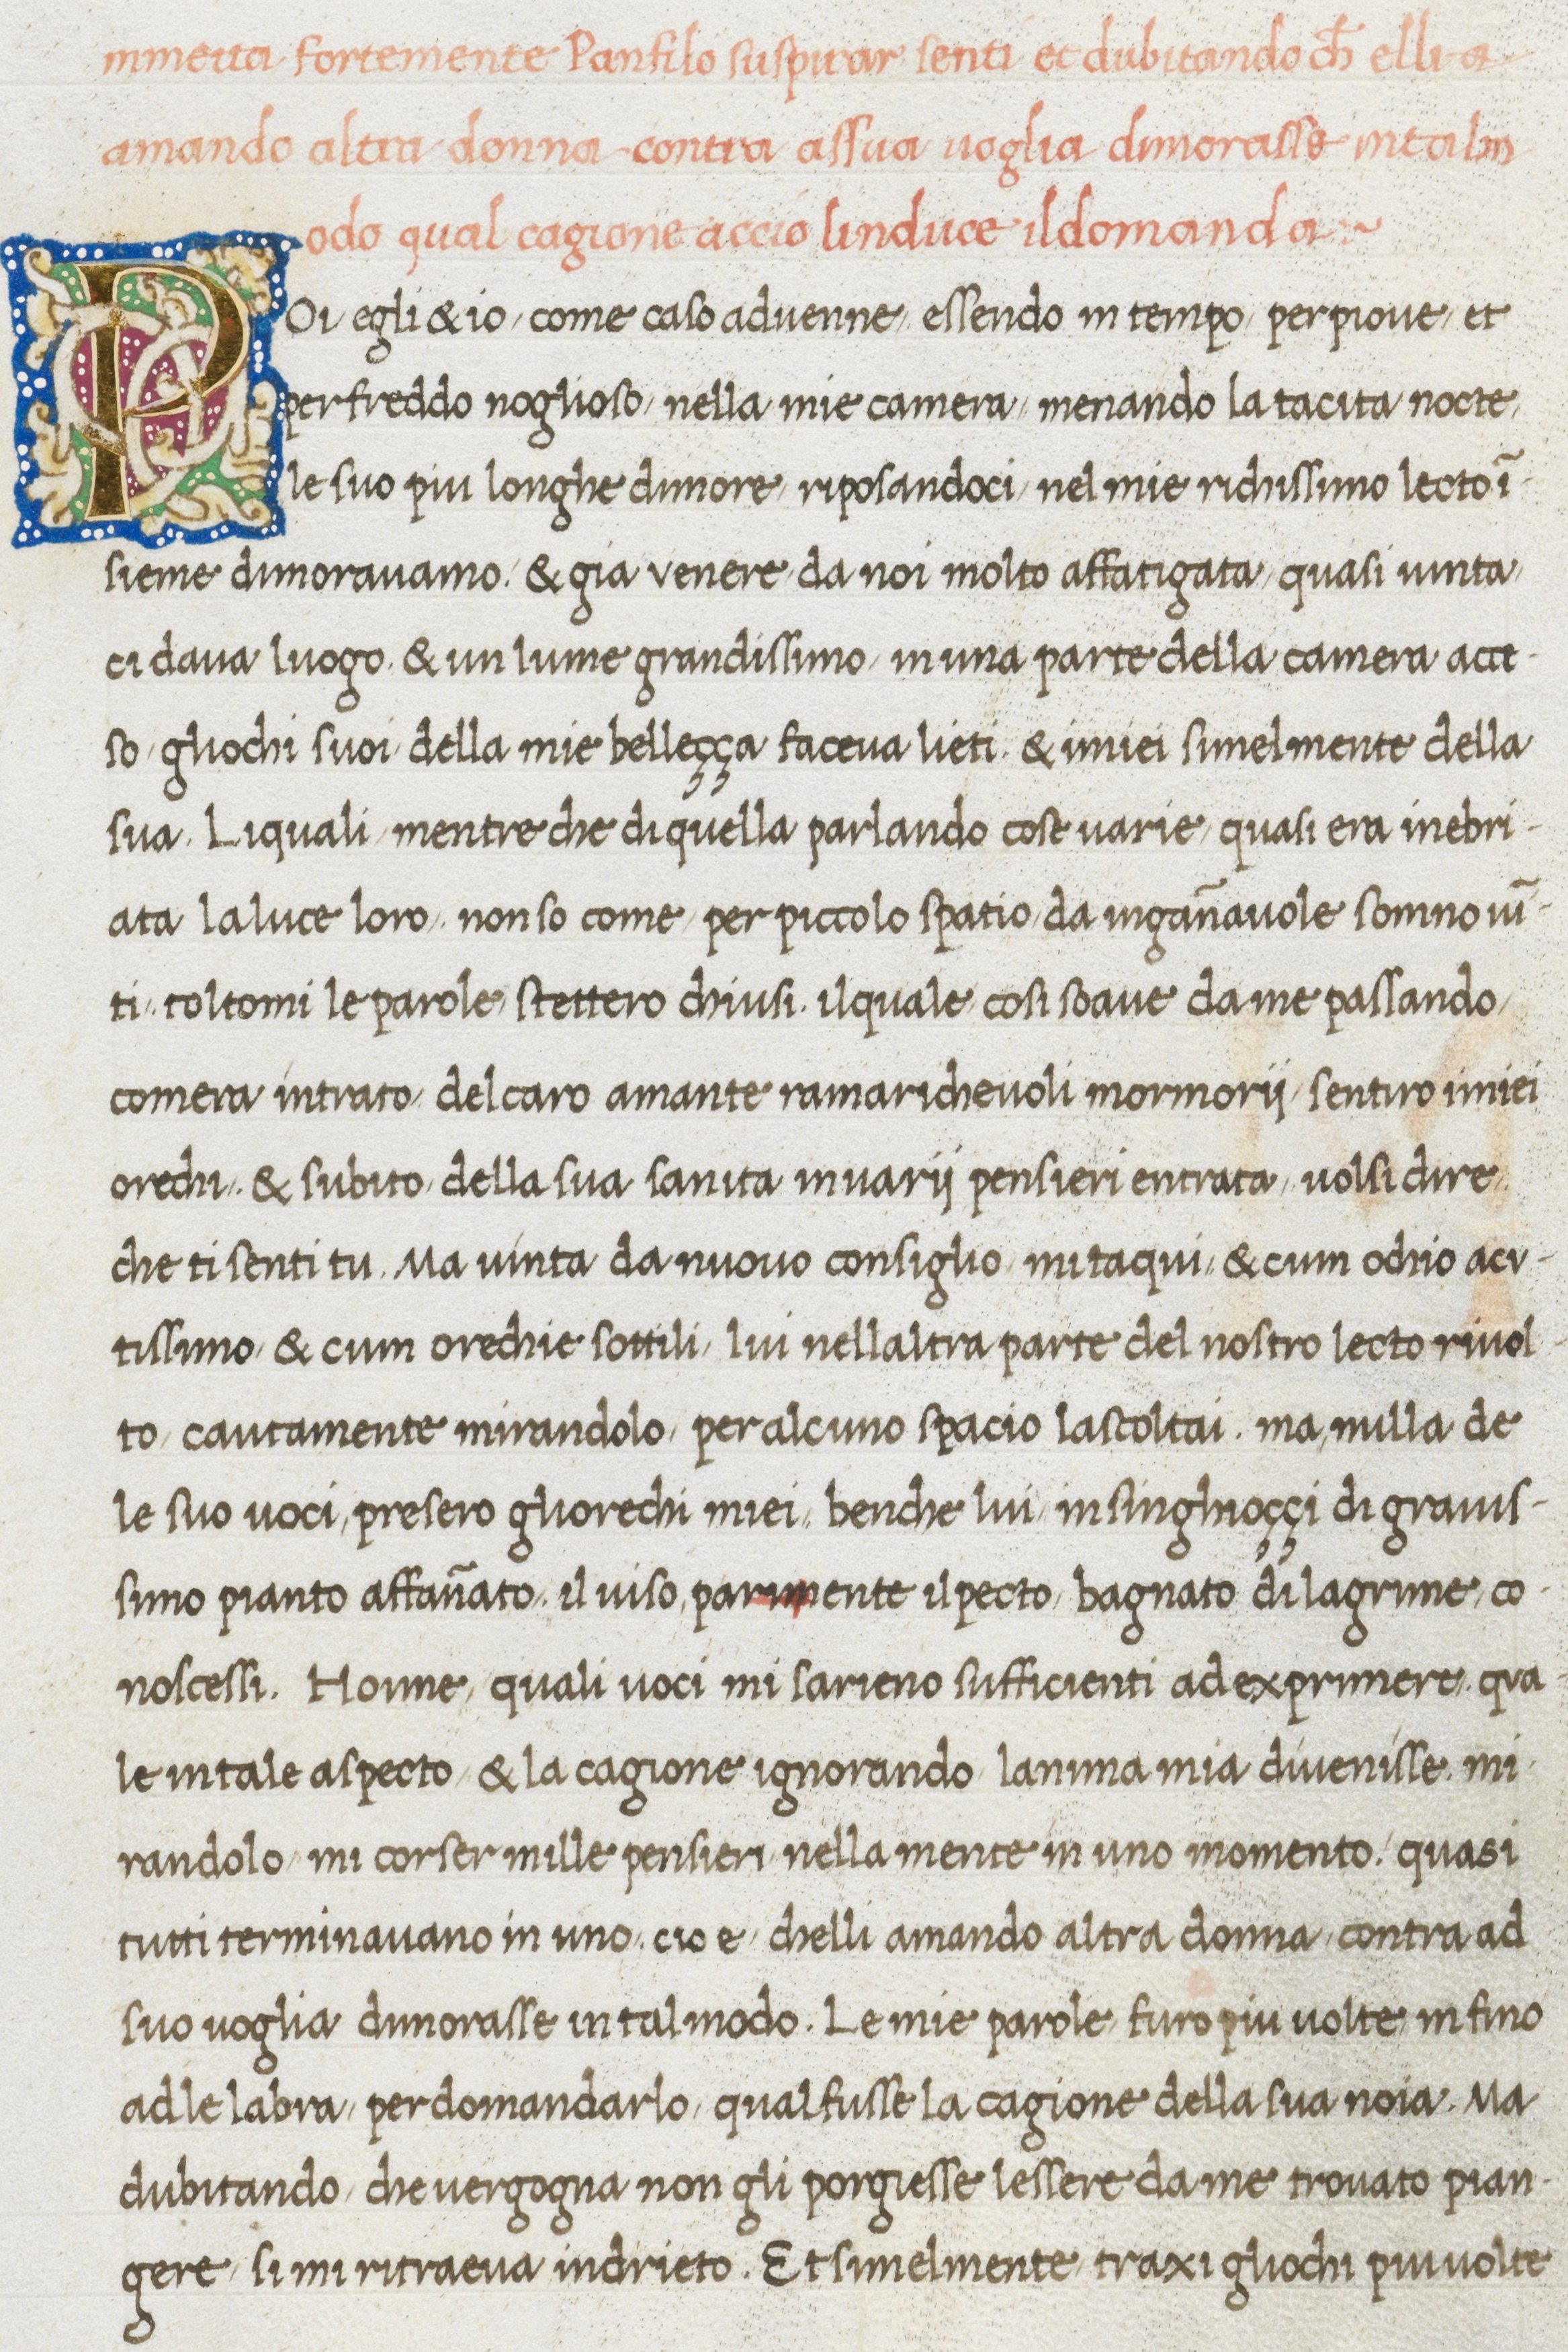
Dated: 1467–1467